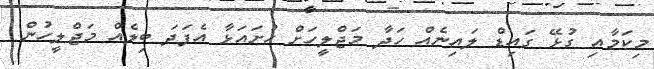
މިކަމާއި ގުޅޭ ގައިޑް ލައިނެއް ހަދާ މަޖްލީހަށް ހުށައަޅާ އެފަދަ ބިލެއް މަޖްލީހުން